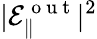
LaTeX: |\mathcal{E}_{\| }^{\mathrm{~o~u~t~}}|^{2}